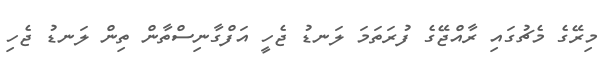
މިރޭގެ މެޗުގައި ރާއްޖޭގެ ފުރަތަމަ ލަނޑު ޖެހީ އަފްގާނިސްތާން ތިން ލަނޑު ޖެހި